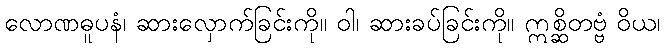
လောဏဓူပနံ၊ ဆားလှောက်ခြင်းကို။ ဝါ၊ ဆားခပ်ခြင်းကို။ ဣစ္ဆိတဗ္ဗံ ဝိယ၊